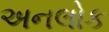
અનલોક